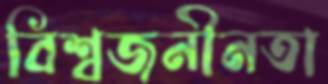
বিশ্বজনীনতা